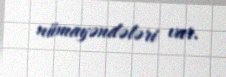
nümayəndələri var.